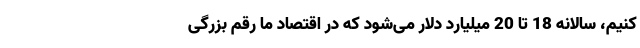
کنیم، سالانه 18 تا 20 میلیارد دلار می‌شود که در اقتصاد ما رقم بزرگی